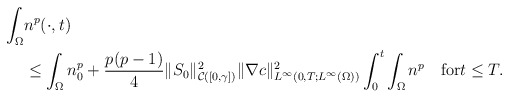
\begin{align*}\begin{aligned}\int_{\Omega}&n^{p}(\cdot,t)\\&\le \int_{\Omega}n_{0}^{p}+\frac{p(p-1)}{4} \|S_{0}\|_{\mathcal{C}([0,\gamma])}^{2}\|\nabla c\|_{L^{\infty}(0,T;L^{\infty}(\Omega))}^{2}\int_{0}^{t}\int_{\Omega}n^{p} \quad\mbox{for}t\le T.\end{aligned}\end{align*}